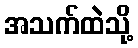
အသက်ထဲသို့